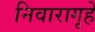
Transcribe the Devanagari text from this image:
निवारागृहे